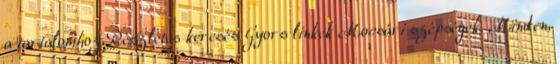
a tartalomhoz Részletes keresés Gyors linkek Mocsári szépségek. Minden,